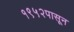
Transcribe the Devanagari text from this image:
१९५२पासून